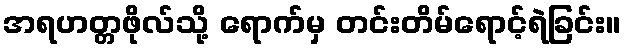
အရဟတ္တဖိုလ်သို့ ရောက်မှ တင်းတိမ်ရောင့်ရဲခြင်း။